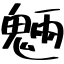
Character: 魎